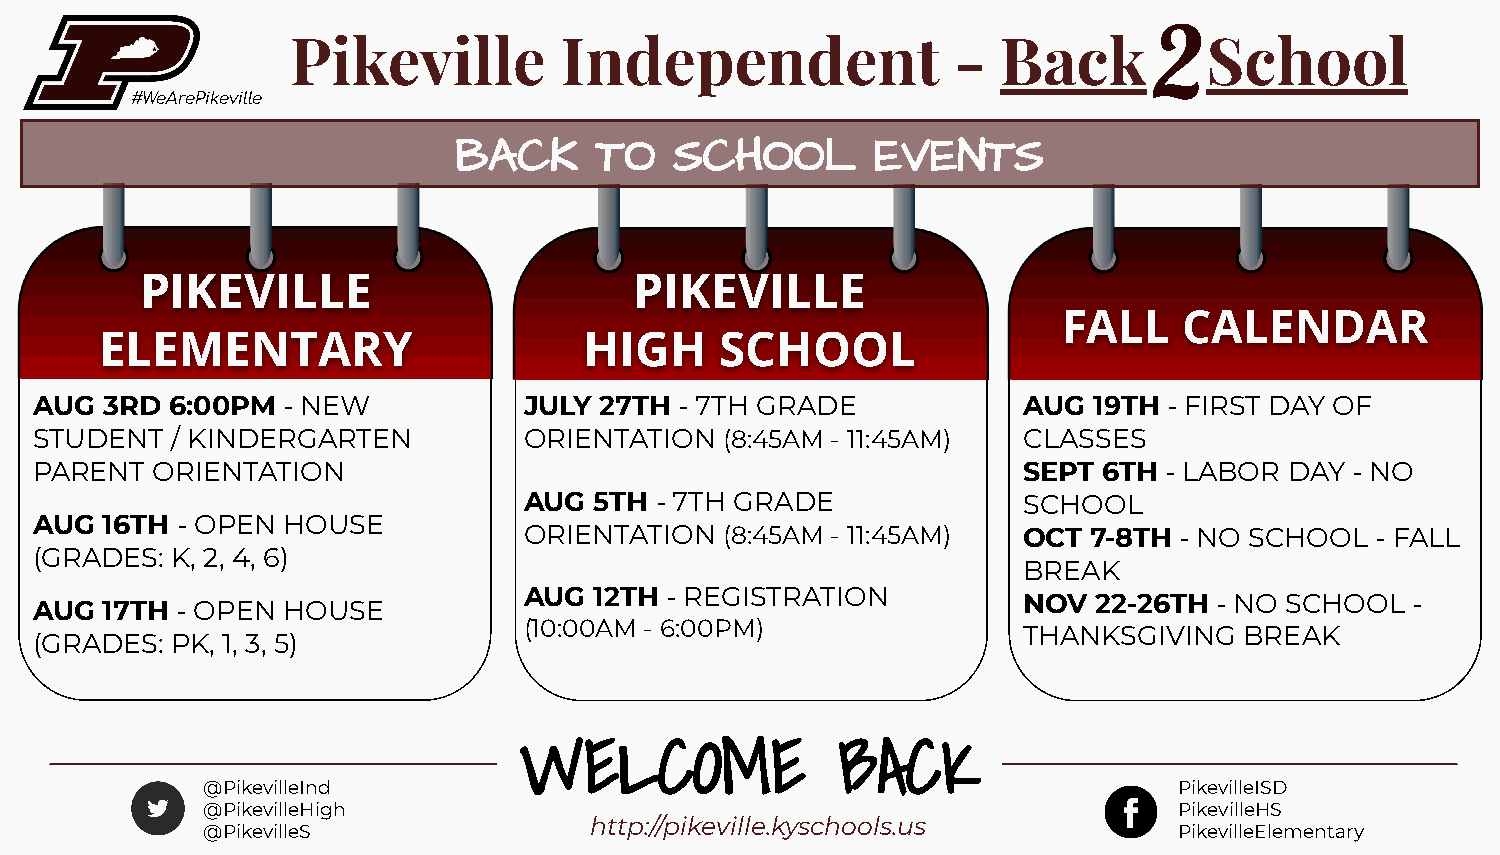
2
 Pikeville         Independent               -  Back          School
 #WeArePikeville
 BACK     TO    SCHOOL       EVENTS
 PIKEVILLE                        PIKEVILLE
 FALL    CALENDAR
 ELEMENTARY                      HIGH     SCHOOL
 AUG  3RD 6:00PM  - NEW           JULY 27TH - 7TH GRADE            AUG 19TH - FIRST DAY OF
 STUDENT  / KINDERGARTEN          ORIENTATION  (8:45AM - 11:45AM)  CLASSES
 PARENT  ORIENTATION                                               SEPT 6TH - LABOR DAY  - NO
 AUG 5TH - 7TH GRADE              SCHOOL
 AUG  16TH - OPEN HOUSE
 ORIENTATION  (8:45AM - 11:45AM)  OCT 7-8TH - NO SCHOOL  - FALL
 (GRADES: K, 2, 4, 6)
 BREAK
 AUG 12TH - REGISTRATION
 NOV  22-26TH - NO SCHOOL -
 AUG  17TH - OPEN HOUSE
 (10:00AM - 6:00PM)
 THANKSGIVING  BREAK
 (GRADES: PK, 1, 3, 5)
 WELCOME               BACK
 @PikevilleInd                                                    PikevilleISD
 @PikevilleHigh                                                   PikevilleHS
 http://pikeville.kyschools.us
 @PikevilleS                                                      PikevilleElementary